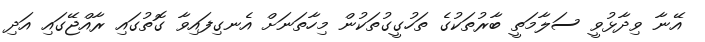
އޭނާ ވިދާޅުވީ ސަލާމަތީ ބާރުތަކުގެ ތަހުގީގުތަކުން މިހާތަނަށް އެނގިފައިވާ ގޮތުގައި ރާއްޖޭގައި އަދި